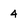
Character: 4